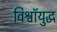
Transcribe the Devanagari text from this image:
विश्वॉयुद्ध